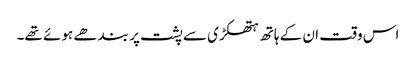
اس وقت ان کے ہاتھ ہتھکڑی سے پشت پر بندھے ہوئے تھے۔